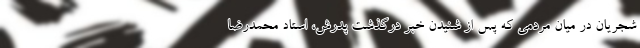
شجریان در میان مردمی که پس از شنیدن خبر درگذشت پدرش، استاد محمدرضا